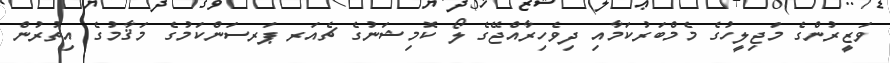
ވަޒީރުންގެ މަޖިލީހުގެ މެމްބަރުކަމާއި ދިވެހިރާއްޖޭގެ ލޯ ކޮމިޝަނުގެ ޗެއަރ ޕަރސަންކަމުގެ މަޤާމުގެ އިތުރުން